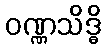
ဝဏ္ဏသိဒ္ဓိ